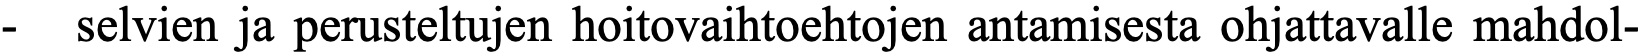
-  selvien ja perusteltujen hoitovaihtoehtojen antamisesta ohjattavalle mahdol-